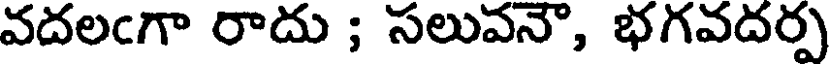
వదలఁగా రాదు ; సలువనౌ, భగవదర్ప